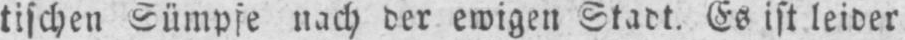
tischen Sümpfe nach der ewigen Stadt. Es ist leider